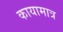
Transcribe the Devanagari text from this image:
कायामात्र